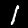
Label: 1